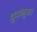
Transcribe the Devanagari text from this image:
ध्रुवतेनुसार